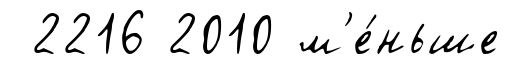
2216 2010 м'е́ньше